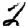
Digit: 2